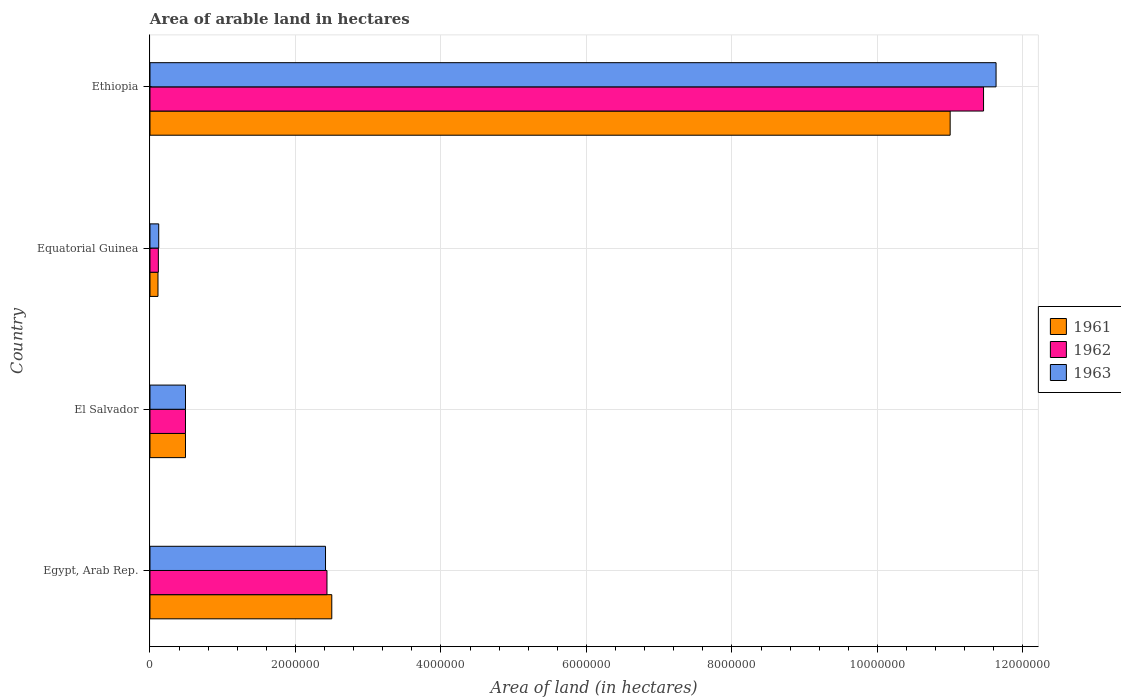
| Country | 1961 | 1962 | 1963 |
 | --- | --- | --- | --- |
 | Egypt, Arab Rep. | 2.5e+06 | 2.43e+06 | 2.41e+06 |
 | El Salvador | 4.88e+05 | 4.88e+05 | 4.88e+05 |
 | Equatorial Guinea | 1.1e+05 | 1.15e+05 | 1.2e+05 |
 | Ethiopia | 1.1e+07 | 1.15e+07 | 1.16e+07 |